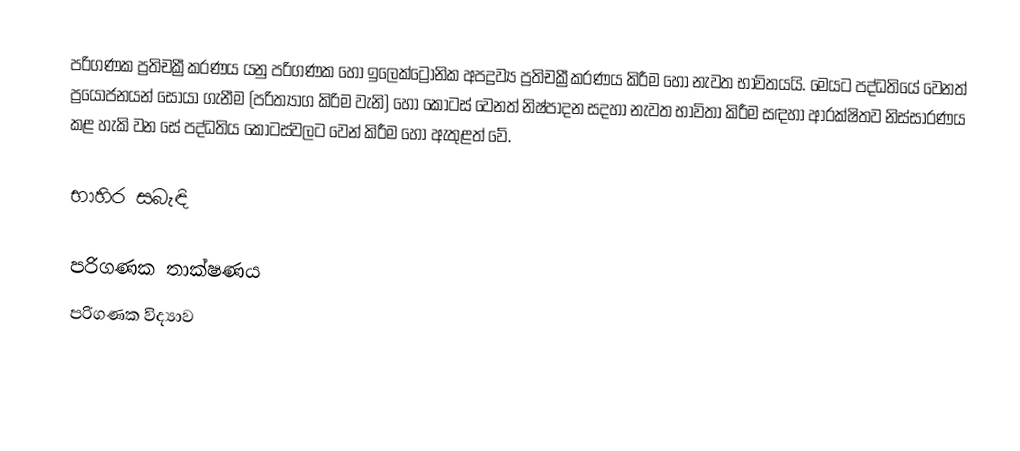
පරිගණක ප්‍රතිචක්‍රීකරණය යනු පරිගණක හෝ ඉලෙක්ට්‍රෝනික අපද්‍රව්‍ය ප්‍රතිචක්‍රීකරණය කිරීම හෝ නැවත භාවිතයයි. මෙයට පද්ධතියේ වෙනත් ප්‍රයෝජනයන් සොයා ගැනීම (පරිත්‍යාග කිරිම වැනි) හෝ කොටස් වෙනත් නිෂ්පාදන සදහා නැවත භාවිතා කිරීම සඳහා ආරක්ෂිතව නිස්සාරණය කළ හැකි වන සේ පද්ධතිය කොටස්වලට වෙන් කිරීම හෝ ඇතුළත් වේ.

භාහිර සබැඳි

පරිගණක තාක්ෂණය
පරිගණක විද්‍යාව